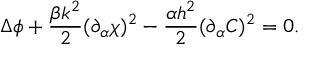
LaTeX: \Delta \phi + \frac { \beta k ^ { 2 } } { 2 } ( \partial _ { \alpha } \chi ) ^ { 2 } - \frac { \alpha h ^ { 2 } } { 2 } ( \partial _ { \alpha } C ) ^ { 2 } = 0 .